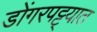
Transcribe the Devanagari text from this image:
डोंगरपट्ट्यात